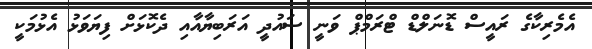
އެމެރިކާގެ ރައީސް ޑޮނަލްޑް ޓްރަމްޕް ވަނީ ސައުދީ އަރަބިޔާއާއި ދެކޮޅަށް ފިޔަވަޅު އެޅުމަކީ